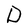
Character: D